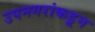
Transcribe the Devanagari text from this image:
उपनगरांकडून